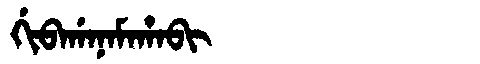
Manchu: ᡤᡳᠪᠠᡤᠠᠨᠠᠮᠠᡥᠠᠪᡳ
Romanization: GIBAGANAMAHABI